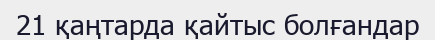
21 қаңтарда қайтыс болғандар